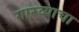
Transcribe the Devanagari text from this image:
गारव्याचा